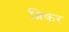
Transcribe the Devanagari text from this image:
ब्रिकर